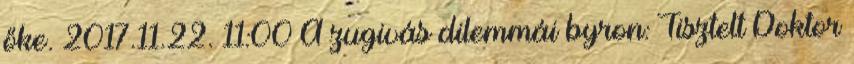
őke. 2017.11.22. 11:00 A zugivás dilemmái byron: Tisztelt Doktor